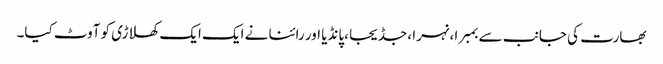
بھارت کی جانب سے بمبرا ،نہرا ،جڈیجا ،پانڈیا اور رائنا نے ایک ایک کھلاڑی کو آوٹ کیا۔